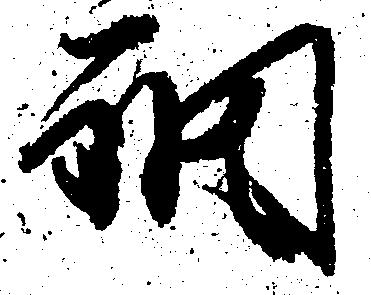
調